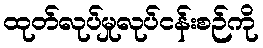
ထုတ်လုပ်မှုလုပ်ငန်းစဉ်ကို